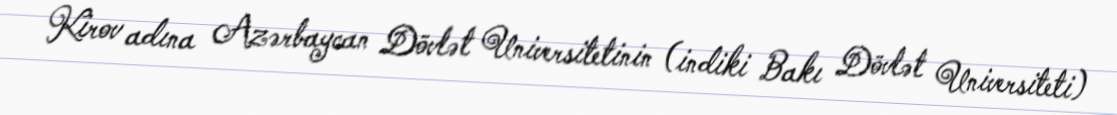
Kirov adına Azərbaycan Dövlət Universitetinin (indiki Bakı Dövlət Universiteti)